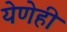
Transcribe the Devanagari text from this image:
येणेही